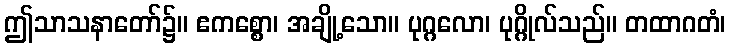
ဤသာသနာတော်၌။ ဧကစ္စော၊ အချို့သော။ ပုဂ္ဂလော၊ ပုဂ္ဂိုလ်သည်။ တထာဂတံ၊